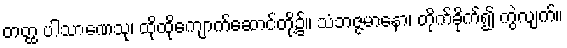
တတ္ထ ပါသာဏေသု၊ ထိုထိုကျောက်ဆောင်တို့၌။ သံဘဇ္ဇမာနော၊ တိုက်ခိုက်၍ ကွဲလျက်။